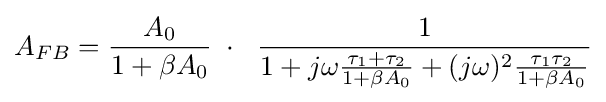
A_{FB}={\frac {A_{0}}{1+\beta A_{0}}}\;\cdot \;\ {\frac {1}{1+j\omega {\frac {\tau _{1}+\tau _{2}}{1+\beta A_{0}}}+(j\omega )^{2}{\frac {\tau _{1}\tau _{2}}{1+\beta A_{0}}}}}